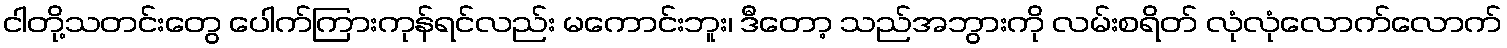
ငါတို့သတင်းတွေ ပေါက်ကြားကုန်ရင်လည်း မကောင်းဘူး၊ ဒီတော့ သည်အဘွားကို လမ်းစရိတ် လုံလုံလောက်လောက်